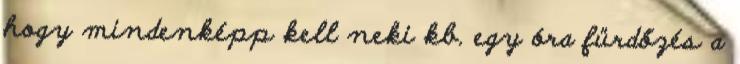
hogy mindenképp kell neki kb. egy óra fürdőzés a